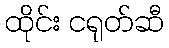
ထိုင်း ငရုတ်ဆီ